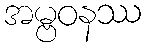
အမ္ဗဝနဿ